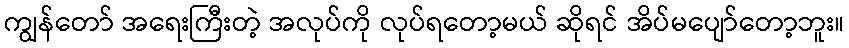
ကျွန်တော် အရေးကြီးတဲ့ အလုပ်ကို လုပ်ရတော့မယ် ဆိုရင် အိပ်မပျော်တော့ဘူး။